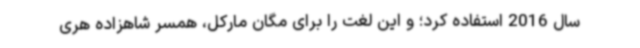
سال 2016 استفاده کرد؛ و این لغت را برای مگان مارکل، همسر شاهزاده هری